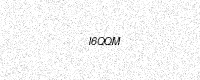
Text: I6QQM